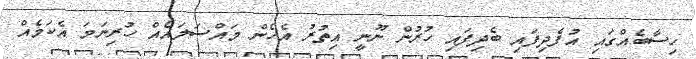
ހިސާބެއްގައި އުފެދިފައި ބެދިފައި ހުރުން ނޫނީ އިތުރު އެހެން މައްސަލައެއް ހުރިނަމަ އެކަމެއް